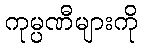
ကုမ္ပဏီများကို